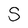
Character: S